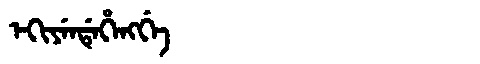
Manchu: ᡝᡴᡳᠶᡝᠨᡩᡝᡥᡝᠩᡤᡝ
Romanization: EKIYENDEHENGGE